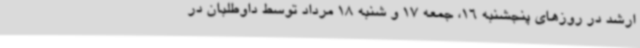
ارشد در روزهای پنجشنبه 16، جمعه 17 و شنبه 18 مرداد توسط داوطلبان در